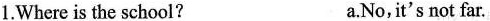
1.Where is the school? a.No,it's not far.